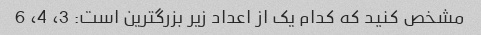
مشخص کنید که کدام یک از اعداد زیر بزرگترین است: 3، 4، 6